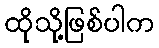
ထိုသို့ဖြစ်ပါက